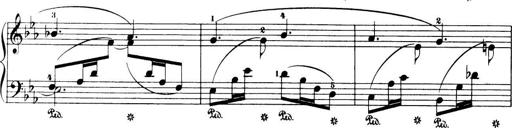
Title: 32 Sonatinas and Rondos for the Piano
Composer: Richard Kleinmichel